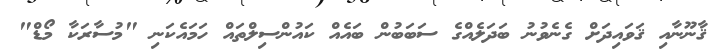
ޤާނޫނާއި ޤަވައިދަށް ގެނެވުނު ބަދަލެއްގެ ސަބަބުން ބައެެއް ކައުންސިލްތައް ހަމައެކަނި "މުސާރަކާ މޯޑް"